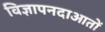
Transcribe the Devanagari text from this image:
विज्ञापनदाआतों